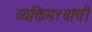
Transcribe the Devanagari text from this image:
व्यक्तिमत्त्वांची